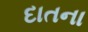
દાતના